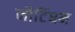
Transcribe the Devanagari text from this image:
नौटिंघम